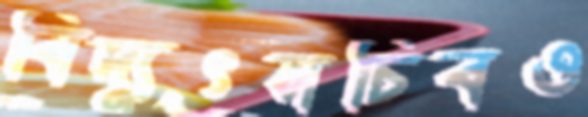
বিদ্যুৎসচিবও